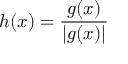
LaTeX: h ( x ) = { \frac { g ( x ) } { | g ( x ) | } }